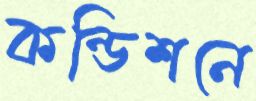
কন্ডিশনে